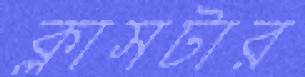
ক্লাসটার